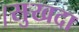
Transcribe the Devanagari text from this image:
।सुखदा